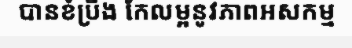
បានខំប្រឹង កែលម្អនូវភាពអសកម្ម